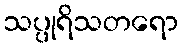
သပ္ပုရိသတရော